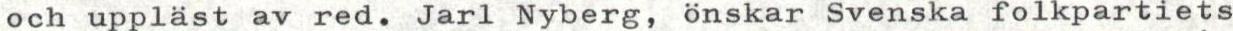
och uppläst av red. Jarl Nyberg, önskar Svenska folkpartiets